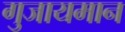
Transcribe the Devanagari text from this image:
गुजायमान